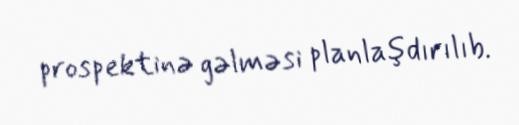
prospektinə gəlməsi planlaşdırılıb.